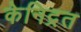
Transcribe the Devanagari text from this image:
केनिद्रत